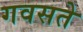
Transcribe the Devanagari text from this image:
गवसते